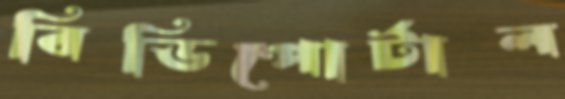
বিডিপোর্টাল